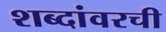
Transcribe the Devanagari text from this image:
शब्दांवरची